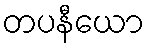
တပနီယော